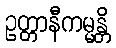
ဥတ္တာနီကမ္မန္တိ